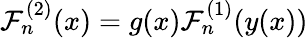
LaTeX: {\cal F}_{n}^{(2)}(x)=g(x){\cal F}_{n}^{(1)}(y(x))